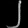
Digit: ၂